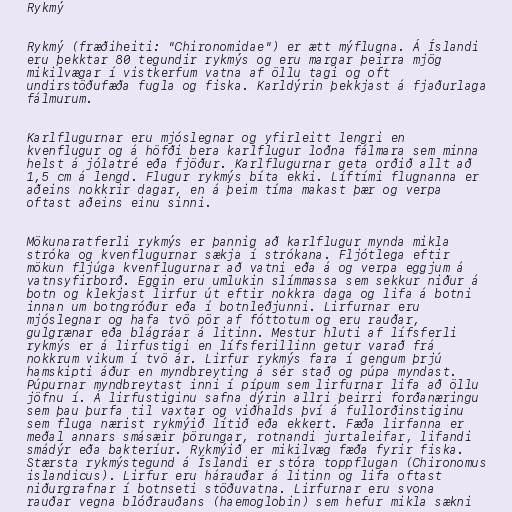
Rykmý

Rykmý (fræðiheiti: "Chironomidae") er ætt mýflugna. Á Íslandi
eru þekktar 80 tegundir rykmýs og eru margar þeirra mjög
mikilvægar í vistkerfum vatna af öllu tagi og oft
undirstöðufæða fugla og fiska. Karldýrin þekkjast á fjaðurlaga
fálmurum.

Karlflugurnar eru mjóslegnar og yfirleitt lengri en
kvenflugur og á höfði bera karlflugur loðna fálmara sem minna
helst á jólatré eða fjöður. Karlflugurnar geta orðið allt að
1,5 cm á lengd. Flugur rykmýs bíta ekki. Líftími flugnanna er
aðeins nokkrir dagar, en á þeim tíma makast þær og verpa
oftast aðeins einu sinni.

Mökunaratferli rykmýs er þannig að karlflugur mynda mikla
stróka og kvenflugurnar sækja í strókana. Fljótlega eftir
mökun fljúga kvenflugurnar að vatni eða á og verpa eggjum á
vatnsyfirborð. Eggin eru umlukin slímmassa sem sekkur niður á
botn og klekjast lirfur út eftir nokkra daga og lifa á botni
innan um botngróður eða í botnleðjunni. Lirfurnar eru
mjóslegnar og hafa tvö pör af fóttotum og eru rauðar,
gulgrænar eða blágráar á litinn. Mestur hluti af lífsferli
rykmýs er á lirfustigi en lífsferillinn getur varað frá
nokkrum vikum í tvö ár. Lirfur rykmýs fara í gengum þrjú
hamskipti áður en myndbreyting á sér stað og púpa myndast.
Púpurnar myndbreytast inni í pípum sem lirfurnar lifa að öllu
jöfnu í. Á lirfustiginu safna dýrin allri þeirri forðanæringu
sem þau þurfa til vaxtar og viðhalds því á fullorðinstiginu
sem fluga nærist rykmýið lítið eða ekkert. Fæða lirfanna er
meðal annars smásæir þörungar, rotnandi jurtaleifar, lifandi
smádýr eða bakteríur. Rykmýið er mikilvæg fæða fyrir fiska.
Stærsta rykmýstegund á Íslandi er stóra toppflugan (Chironomus
islandicus). Lirfur eru hárauðar á litinn og lifa oftast
niðurgrafnar í botnseti stöðuvatna. Lirfurnar eru svona
rauðar vegna blóðrauðans (haemoglobin) sem hefur mikla sækni